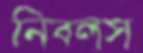
নিবলস